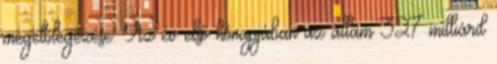
megelőlegezése. Az év első hónapjában az állam 327 milliárd